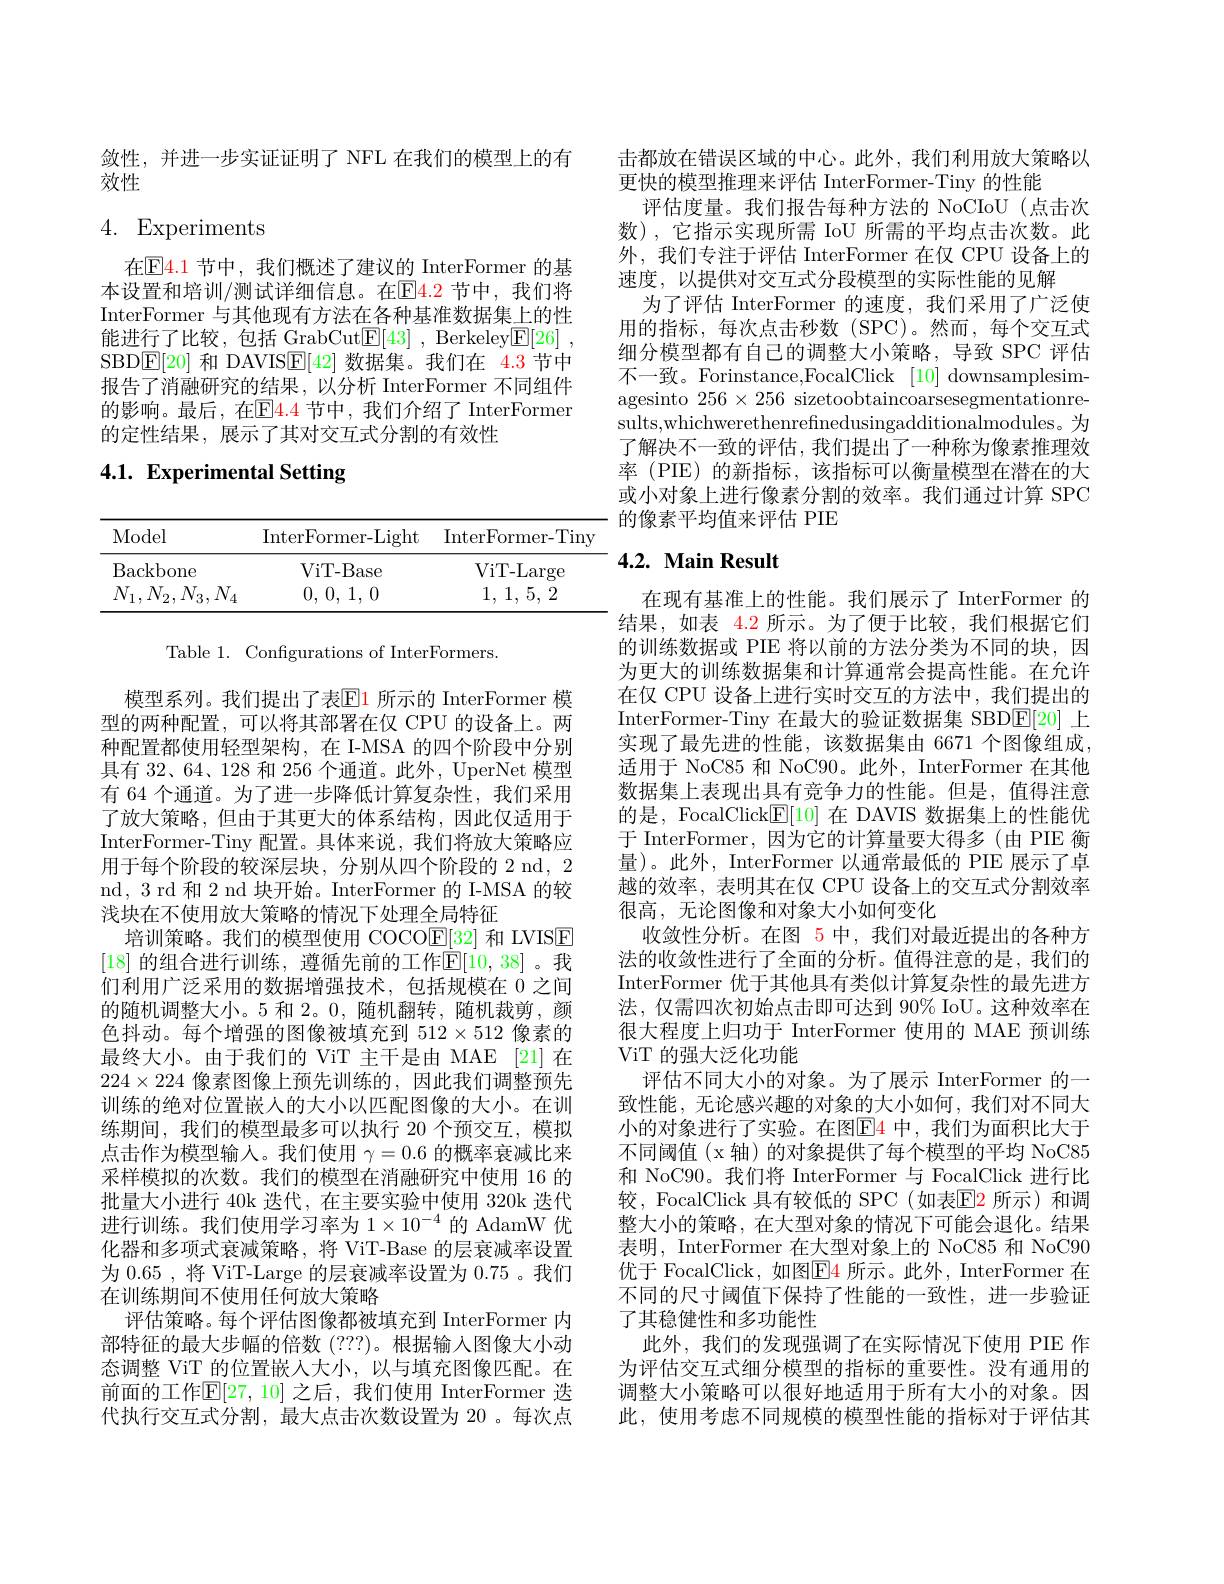
敛性，并进一步实证证明了 NFL 在我们的模型上的有
效性

# 4. Experiments

在E4. 1 节中，我们概述了建议的 InterFormer 的基本设置和培训/测试详细信息。在$\color{red}{\mathrm{E}}\color{blue}{\mathrm{4.2~}}$节中，我们将InterFormer 与其他现有方法在各种基准数据集上的性能进行了比较，包括 GrabCut$\underline {\mathrm{E} }[ 43]$ , Berkeley$\underline {\mathrm{E} }[ 26]$ , SBD$\boxed{\mathrm{E}}[20]$和 DAVIS$\boxed{\mathrm{F}}[42]$数据集。我们在$\color{red}{4.3}$节中报告了消融研究的结果，以分析 InterFormer 不同组件的影响。最后，在EE4.4 节中，我们介绍了 InterFormer 的定性结果，展示了其对交互式分割的有效性

4.1. Experimental Setting

<table>
	<tbody>
		<tr>
			<th>Model</th>
			<th>InterFormer- Light</th>
			<th>InterFormer-Tiny</th>
		</tr>
		<tr>
			<td>Backbone</td>
			<td>ViT- Base</td>
			<td>ViT-Large</td>
		</tr>
		<tr>
			<td>$N_{1},N_{2},N_{3},N_{4}$ 1</td>
			<td>0, 0, 1, 0</td>
			<td>1, , 1, 5, 2 </td>
		</tr>
	</tbody>
</table>

Table 1. Configurations of InterFormers.

模型系列。我们提出了表$\color{red}{\mathrm{E1}}$ 所示的 InterFormer 模型的两种配置，可以将其部署在仅 CPU 的设备上。两种配置都使用轻型架构，在 I-MSA 的四个阶段中分别具有 32、64、128 和 256 个通道。此外，UperNet 模型有 64 个通道。为了进一步降低计算复杂性，我们采用了放大策略，但由于其更大的体系结构，因此仅适用于InterFormer-Tiny 配置。具体来说，我们将放大策略应用于每个阶段的较深层块，分别从四个阶段的 2 nd, 2 nd, 3 rd 和 2 nd 块开始。InterFormer 的 I-MSA 的较浅块在不使用放大策略的情况下处理全局特征
培训策略。我们的模型使用 COCOE[32]和 LVISE [18] 的组合进行训练，遵循先前的工作$\mathbb{E}[10,38]$。我们利用广泛采用的数据增强技术，包括规模在 0 之间的随机调整大小。5 和 2。0,随机翻转，随机裁剪，颜色抖动。每个增强的图像被填充到 512$\times512$像素的最终大小。由于我们的 ViT 主干是由 MAE [21] 在$224\times224$像素图像上预先训练的，因此我们调整预先训练的绝对位置嵌人的大小以匹配图像的大小。在训练期间，我们的模型最多可以执行 20 个预交互，模拟点击作为模型输人。我们使用$\gamma=0.6$的概率衰减比来采样模拟的次数。我们的模型在消融研究中使用 16 的批量大小进行 40k 迭代，在主要实验中使用 320k 迭代进行训练。我们使用学习率为$1\times10^{-4}$的 AdamW 优化器和多项式衰减策略，将 ViT-Base 的层衰减率设置为 0.65 , 将 ViT-Large 的层衰减率设置为 0.75 。我们在训练期间不使用任何放大策略
评估策略。每个评估图像都被填充到 InterFormer 内部特征的最大步幅的倍数(???)。根据输入图像大小动态调整 ViT 的位置嵌入大小，以与填充图像匹配。在前面的工作$\overline{\mathrm{E}}[27,10]$ 之后，我们使用 InterFormer 迭代执行交互式分割，最大点击次数设置为 20 。每次点

击都放在错误区域的中心。此外，我们利用放大策略以
更快的模型推理来评估 InterFormer-Tiny 的性能
评估度量。我们报告每种方法的 NoCIoU(点击次数),它指示实现所需 IoU 所需的平均点击次数。此外，我们专注于评估 InterFormer 在仅 CPU 设备上的速度，以提供对交互式分段模型的实际性能的见解
为了评估 InterFormer 的速度，我们采用了广泛使用的指标，每次点击秒数(SPC)。然而，每个交互式细分模型都有自己的调整大小策略，导致 SPC 评估不一致。Forinstance,FocalClick [10] downsamplesimagesinto $256\times256$ sizetoobtaincoarsesegmentationresults,whichwerethenrefnedusingadditionalmodules。为了解决不一致的评估，我们提出了一种称为像素推理效率 (PIE) 的新指标，该指标可以衡量模型在潜在的大或小对象上进行像素分割的效率。我们通过计算 SPC 的像素平均值来评估 PIE

# $4. 2. \textbf{ Main Result}$

在现有基准上的性能。我们展示了 InterFormer 的结果，如表 4.2 所示。为了便于比较，我们根据它们的训练数据或 PIE 将以前的方法分类为不同的块，因为更大的训练数据集和计算通常会提高性能。在允许在仅 CPU 设备上进行实时交互的方法中，我们提出的InterFormer-Tiny 在最大的验证数据集 SBD$\underline{\mathrm{E}}[20]$上实现了最先进的性能，该数据集由 6671 个图像组成， 适用于 NoC85 和 NoC90。此外，InterFormer 在其他数据集上表现出具有竞争力的性能。但是，值得注意的是，FocalClick$\mathbb{E}[10]$在 DAVIS 数据集上的性能优于 InterFormer, 因为它的计算量要大得多(由 PIE 衡量)。此外，InterFormer 以通常最低的 PIE 展示了卓越的效率，表明其在仅 CPU 设备上的交互式分割效率很高，无论图像和对象大小如何变化
收敛性分析。在图 5 中，我们对最近提出的各种方法的收敛性进行了全面的分析。值得注意的是，我们的InterFormer 优于其他具有类似计算复杂性的最先进方法，仅需四次初始点击即可达到 90% IoU。这种效率在很大程度上归功于 InterFormer 使用的 MAE 预训练ViT 的强大泛化功能
评估不同大小的对象。为了展示 InterFormer 的一致性能，无论感兴趣的对象的大小如何，我们对不同大小的对象进行了实验。在图E4 中，我们为面积比大于不同阈值(x 轴)的对象提供了每个模型的平均 NoC85和 NoC90。我们将 InterFormer 与 FocalClick 进行比较，FocalClick 具有较低的 SPC(如表E2 所示)和调整大小的策略，在大型对象的情况下可能会退化。结果表明，InterFormer 在大型对象上的 NoC85 和 NoC90优于 FocalClick, 如图$\boxed{\mathrm{E}}\color{red}{4}$ 所示。此外，InterFormer 在不同的尺寸阈值下保持了性能的一致性，进一步验证了其稳健性和多功能性
此外，我们的发现强调了在实际情况下使用 PIE 作为评估交互式细分模型的指标的重要性。没有通用的调整大小策略可以很好地适用于所有大小的对象。因此，使用考虑不同规模的模型性能的指标对于评估其